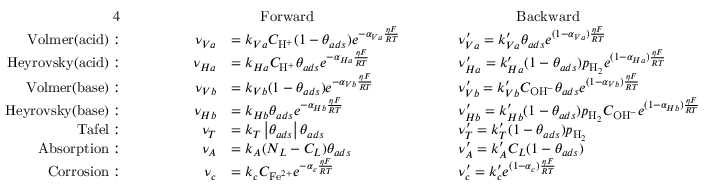
\begin{array} { r l r l r l r l } { { 4 } } & { } & & { } & & { \qquad \mathrm { F o r w a r d } } & & { \qquad \qquad \mathrm { B a c k w a r d } } \\ { \mathrm { V o l m e r ( a c i d ) : } } & { } & { \quad } & { } & { \nu _ { V a } } & { = k _ { V a } C _ { \mathrm { H } ^ { + } } ( 1 - \theta _ { a d s } ) e ^ { - \alpha _ { V a } \frac { \eta F } { R T } } \qquad } & & { \nu _ { V a } ^ { \prime } = k _ { V a } ^ { \prime } \theta _ { a d s } e ^ { ( 1 - \alpha _ { V a } ) \frac { \eta F } { R T } } } \\ { \mathrm { H e y r o v s k y ( a c i d ) : } } & { } & & { } & { \nu _ { H a } } & { = k _ { H a } C _ { \mathrm { H } ^ { + } } \theta _ { a d s } e ^ { - \alpha _ { H a } \frac { \eta F } { R T } } \qquad } & & { \nu _ { H a } ^ { \prime } = k _ { H a } ^ { \prime } ( 1 - \theta _ { a d s } ) p _ { \mathrm { H } _ { 2 } } e ^ { ( 1 - \alpha _ { H a } ) \frac { \eta F } { R T } } } \\ { \mathrm { V o l m e r ( b a s e ) : } } & { } & & { } & { \nu _ { V b } } & { = k _ { V b } ( 1 - \theta _ { a d s } ) e ^ { - \alpha _ { V b } \frac { \eta F } { R T } } \qquad } & & { \nu _ { V b } ^ { \prime } = k _ { V b } ^ { \prime } C _ { \mathrm { O H } ^ { - } } \theta _ { a d s } e ^ { ( 1 - \alpha _ { V b } ) \frac { \eta F } { R T } } } \\ { \mathrm { H e y r o v s k y ( b a s e ) : } } & { } & & { } & { \nu _ { H b } } & { = k _ { H b } \theta _ { a d s } e ^ { - \alpha _ { H b } \frac { \eta F } { R T } } \qquad } & & { \nu _ { H b } ^ { \prime } = k _ { H b } ^ { \prime } ( 1 - \theta _ { a d s } ) p _ { \mathrm { H } _ { 2 } } C _ { \mathrm { O H } ^ { - } } e ^ { ( 1 - \alpha _ { H b } ) \frac { \eta F } { R T } } } \\ { \mathrm { T a f e l : } } & { } & & { } & { \nu _ { T } } & { = k _ { T } \left| \theta _ { a d s } \right| \theta _ { a d s } \qquad } & & { \nu _ { T } ^ { \prime } = k _ { T } ^ { \prime } ( 1 - \theta _ { a d s } ) p _ { \mathrm { H } _ { 2 } } } \\ { \mathrm { A b s o r p t i o n : } } & { } & & { } & { \nu _ { A } } & { = k _ { A } ( N _ { L } - C _ { L } ) \theta _ { a d s } \qquad } & & { \nu _ { A } ^ { \prime } = k _ { A } ^ { \prime } C _ { L } ( 1 - \theta _ { a d s } ) } \\ { \mathrm { C o r r o s i o n : } } & { } & & { } & { \nu _ { c } } & { = k _ { c } C _ { \mathrm { F e } ^ { 2 + } } e ^ { - \alpha _ { c } \frac { \eta F } { R T } } \qquad } & & { \nu _ { c } ^ { \prime } = k _ { c } ^ { \prime } e ^ { ( 1 - \alpha _ { c } ) \frac { \eta F } { R T } } } \end{array}